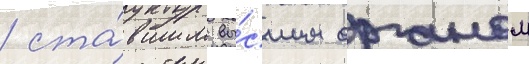
/ ста́вшим вы́сшим органом